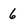
Character: 6